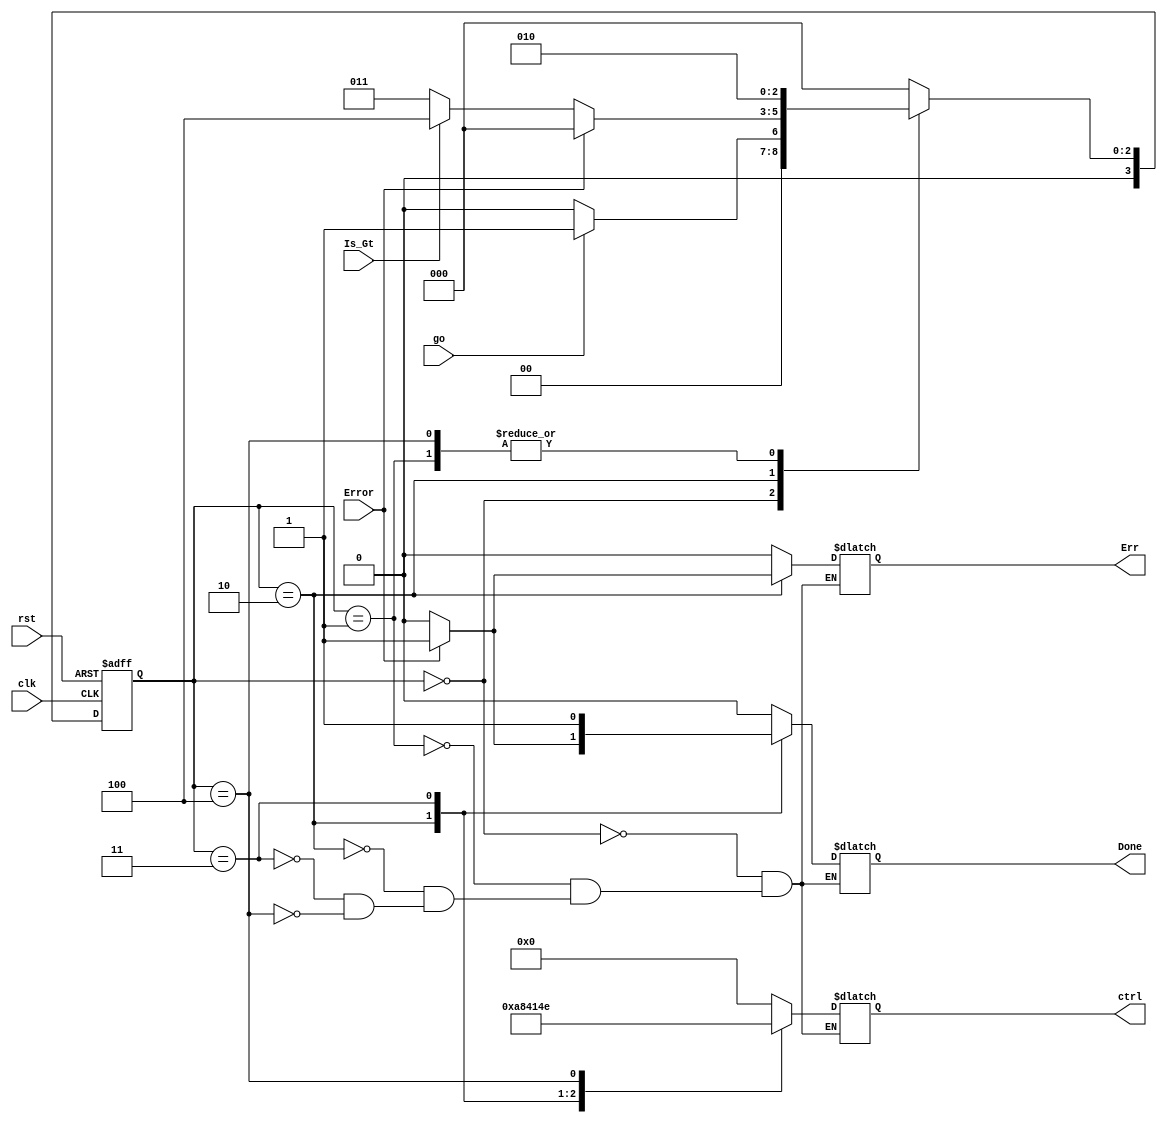
`timescale 1ns / 1ps
//////////////////////////////////////////////////////////////////////////////////
// Company: 
// Engineer: 
// 
// Design Name: 
// Module Name: fact_cu
// Project Name: 
// Target Devices: 
// Tool Versions: 
// Description: 
// 
// Dependencies: 
// 
// Revision:
// Revision 0.01 - File Created
// Additional Comments:
// 
//////////////////////////////////////////////////////////////////////////////////


module fact_cu(input clk, rst, go, Is_Gt, Error, output reg Done, Err, output reg [5:0] ctrl);

reg [3:0] ns, cs;
//{ld1, ud, ce, sel1, ld2, sel2} = ctrl;
parameter
    IDLE = 6'b0_0_0_0_0_0,
    S1 =   6'b1_0_1_0_1_0,
    S2 =   6'b0_0_0_1_0_0,
    S3 =   6'b0_0_0_1_0_1,
    S4 =   6'b0_0_1_1_1_0;
    

always @(go, Is_Gt, Done, ns, cs, Error, Err)
begin
        case(cs)
            4'd0:
                begin
                    Done = 0;
                    Err = 0;
                    if(go) begin ns = 4'd1; end
                    else begin ns = 4'd0; end
                end
            4'd1:   begin Done = 0; ns = 4'd2; Err = 0;end
            4'd2: 
                begin
                    if(Error) begin ns = 4'd0; Done = 1; Err = 1;end
                    else if(Is_Gt) begin ns = 4'd4; Done = 0; Err = 0; end
                    else begin ns = 4'd3; Done = 0; Err = 0; end 
                end
            4'd3:   
                begin 
                    Done = 1;
                    Err = 0; 
                    ns = 4'd0; 
                end
            4'd4: 
                begin 
                    Done = 0;
                    Err = 0; 
                    ns = 4'd2; 
                end
            default: ns = 4'd0;                 
        endcase
end
always @(posedge clk, posedge rst)
begin
         if(rst)
             cs <= 0;
         else
             cs <= ns;
end

always @(cs, ctrl) //{ld1, ud, ce, sel1, ld2, sel2, ld3} = ctrl;
begin
        case(cs)
            4'd0:   ctrl = IDLE;
            4'd1:   ctrl = S1;
            4'd2:   ctrl = S2;
            4'd3:   ctrl = S3;
            4'd4:   ctrl = S4; 
        endcase
end        
endmodule